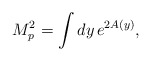
\begin{align*}M_p ^2 = \int dy\, e^{2A\left( y\right)} ,\end{align*}